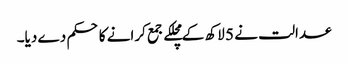
عدالت نے 5 لاکھ کے مچلکے جمع کرانے کا حکم دے دیا۔